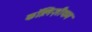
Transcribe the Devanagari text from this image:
कॉलिज़ीयम